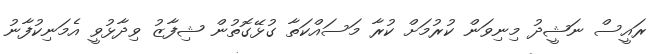
ރައީސް ނަޝީދު މިނިވަން ކުރުމަށް ކުރާ މަސައްކަތާ ގުޅޭގޮތުން ޝިފާޒު ވިދާޅުވީ އެމަނިކުފާނު